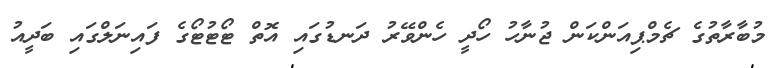
މުބާރާތުގެ ޗެމްޕިއަންކަން ޖުނާހު ހޯދީ ހެންވޭރު ދަނޑުގައި އޮތް ޓޯޓުޓޯގެ ފައިނަލްގައި ބަދީއު